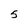
Character: 5